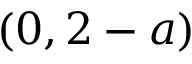
( 0 , 2 - a )